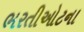
ભરતીઓટના